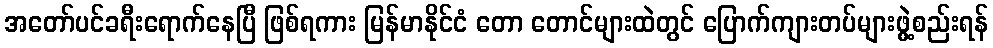
အတော်ပင်ခရီးရောက်နေပြီ ဖြစ်ရကား မြန်မာနိုင်ငံ တော တောင်များထဲတွင် ပြောက်ကျားတပ်များဖွဲ့စည်းရန်